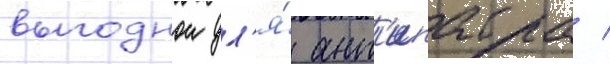
выгоднои дл'я́ ант'ипатра /